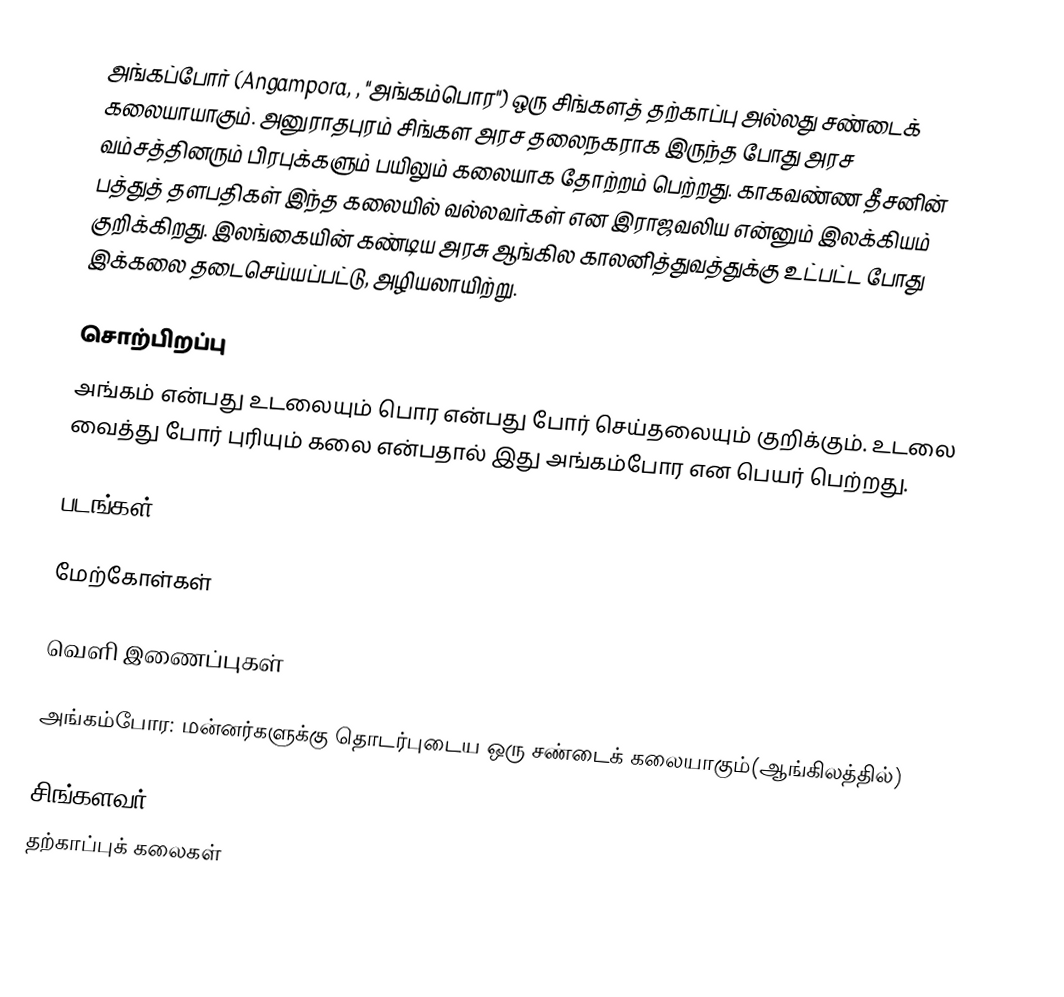
அங்கப்போர் (Angampora, , "அங்கம்பொர") ஒரு சிங்களத் தற்காப்பு அல்லது சண்டைக் கலையாயாகும்.  அனுராதபுரம் சிங்கள அரச தலைநகராக இருந்த போது அரச வம்சத்தினரும் பிரபுக்களும் பயிலும் கலையாக தோற்றம் பெற்றது. காகவண்ண தீசனின் பத்துத் தளபதிகள் இந்த கலையில் வல்லவர்கள் என இராஜவலிய என்னும் இலக்கியம் குறிக்கிறது. இலங்கையின் கண்டிய அரசு ஆங்கில காலனித்துவத்துக்கு உட்பட்ட போது இக்கலை தடைசெய்யப்பட்டு, அழியலாயிற்று.

சொற்பிறப்பு
அங்கம் என்பது உடலையும் பொர என்பது போர் செய்தலையும் குறிக்கும். உடலை வைத்து போர் புரியும் கலை என்பதால் இது அங்கம்போர என பெயர் பெற்றது.

படங்கள்

மேற்கோள்கள்

வெளி இணைப்புகள்

 அங்கம்போர: மன்னர்களுக்கு தொடர்புடைய ஒரு சண்டைக் கலையாகும்(ஆங்கிலத்தில்)

சிங்களவர்
தற்காப்புக் கலைகள்